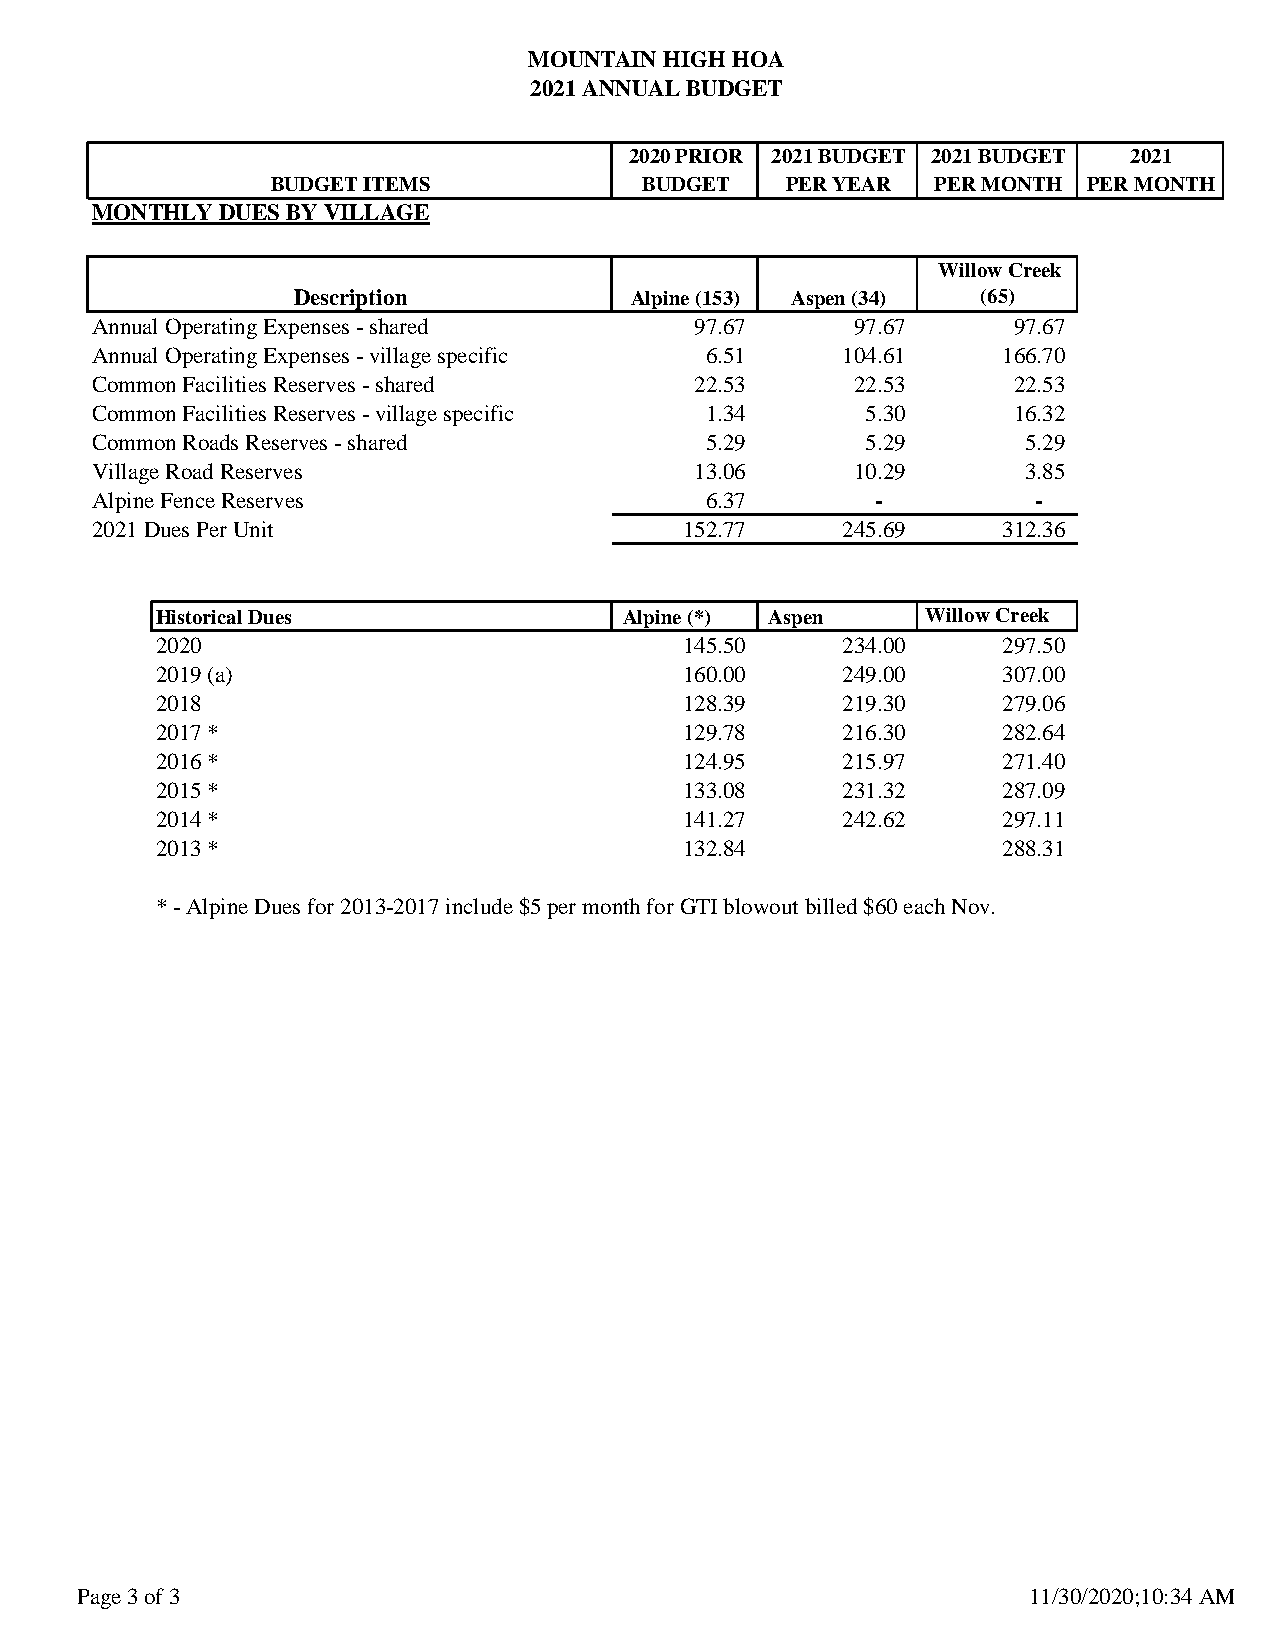
MOUNTAIN HIGH HOA
 2021 ANNUAL BUDGET
 2020 PRIOR 2021 BUDGET 2021 BUDGET 2021
 BUDGET ITEMS            BUDGET    PER YEAR  PER MONTH PER MONTH
 MONTHLY DUES BY VILLAGE
 Willow Creek
 Description            Alpine (153) Aspen (34) (65)
 Annual Operating Expenses - shared      97.67      97.67     97.67
 Annual Operating Expenses - village specific 6.51 104.61    166.70
 Common Facilities Reserves - shared     22.53      22.53     22.53
 Common Facilities Reserves - village specific 1.34 5.30      16.32
 Common Roads Reserves - shared           5.29      5.29       5.29
 Village Road Reserves                   13.06      10.29      3.85
 Alpine Fence Reserves                    6.37       -          -
 2021 Dues Per Unit                     152.77     245.69    312.36
 Historical Dues                Alpine (*) Aspen    Willow Creek
 2020                               145.50     234.00    297.50
 2019 (a)                           160.00     249.00    307.00
 2018                               128.39     219.30    279.06
 2017 *                             129.78     216.30    282.64
 2016 *                             124.95     215.97    271.40
 2015 *                             133.08     231.32    287.09
 2014 *                             141.27     242.62    297.11
 2013 *                             132.84               288.31
 * - Alpine Dues for 2013-2017 include $5 per month for GTI blowout billed $60 each Nov.
 Page 3 of 3                                                    11/30/2020;10:34 AM